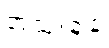
အသုံးချခံ